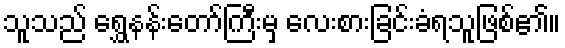
သူသည် ရွှေနန်းတော်ကြီးမှ လေးစားခြင်းခံရသူဖြစ်၏။